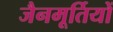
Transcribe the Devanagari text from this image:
जैनमूर्तियों